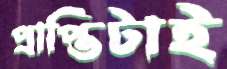
প্রাপ্তিটাই